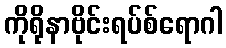
ကိုရိုနာဗိုင်းရပ်စ်ရောဂါ